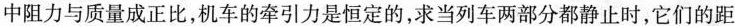
中阻力与质量成正比，机车的牵引力是恒定的，求当列车两部分都静止时，它们的距